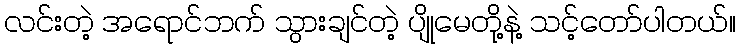
လင်းတဲ့ အရောင်ဘက် သွားချင်တဲ့ ပျိုမေတို့နဲ့ သင့်တော်ပါတယ်။